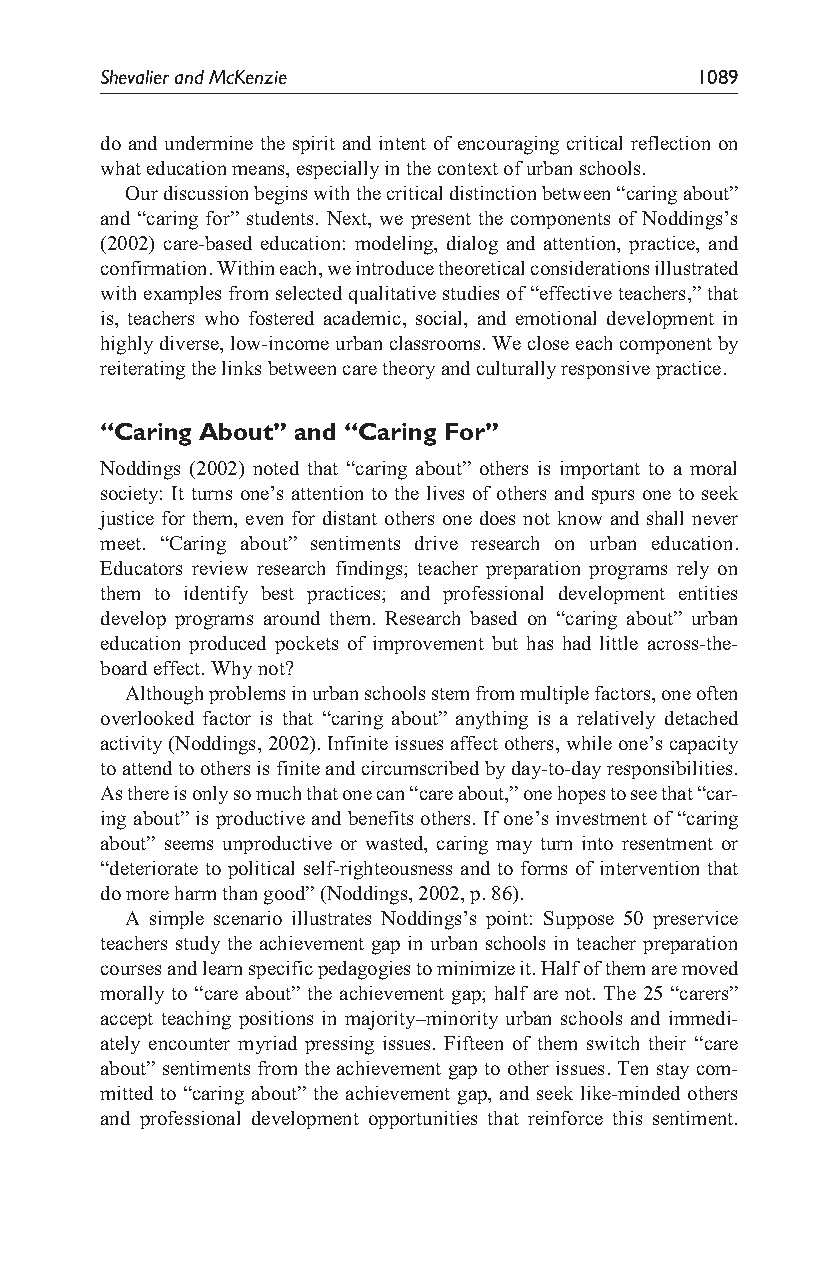
Shevalier and McKenzie                 1089
 do and undermine the spirit and intent of encouraging critical reflection on
 what education means, especially in the context of urban schools.
 Our discussion begins with the critical distinction between “caring about”
 and “caring for” students. Next, we present the components of Noddings’s
 (2002) care-based education: modeling, dialog and attention, practice, and
 confirmation. Within each, we introduce theoretical considerations illustrated
 with examples from selected qualitative studies of “effective teachers,” that
 is, teachers who fostered academic, social, and emotional development in
 highly diverse, low-income urban classrooms. We close each component by
 reiterating the links between care theory and culturally responsive practice.
 “Caring About” and “Caring For”
 Noddings (2002) noted that “caring about” others is important to a moral
 society: It turns one’s attention to the lives of others and spurs one to seek
 justice for them, even for distant others one does not know and shall never
 meet. “Caring about” sentiments drive research on urban education.
 Educators review research findings; teacher preparation programs rely on
 them to identify best practices; and professional development entities
 develop programs around them. Research based on “caring about” urban
 education produced pockets of improvement but has had little across-the-
 board effect. Why not?
 Although problems in urban schools stem from multiple factors, one often
 overlooked factor is that “caring about” anything is a relatively detached
 activity (Noddings, 2002). Infinite issues affect others, while one’s capacity
 to attend to others is finite and circumscribed by day-to-day responsibilities.
 As there is only so much that one can “care about,” one hopes to see that “car-
 ing about” is productive and benefits others. If one’s investment of “caring
 about” seems unproductive or wasted, caring may turn into resentment or
 “deteriorate to political self-righteousness and to forms of intervention that
 do more harm than good” (Noddings, 2002, p. 86).
 A simple scenario illustrates Noddings’s point: Suppose 50 preservice
 teachers study the achievement gap in urban schools in teacher preparation
 courses and learn specific pedagogies to minimize it. Half of them are moved
 morally to “care about” the achievement gap; half are not. The 25 “carers”
 accept teaching positions in majority–minority urban schools and immedi-
 ately encounter myriad pressing issues. Fifteen of them switch their “care
 about” sentiments from the achievement gap to other issues. Ten stay com-
 mitted to “caring about” the achievement gap, and seek like-minded others
 and professional development opportunities that reinforce this sentiment.